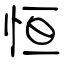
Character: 恒